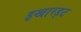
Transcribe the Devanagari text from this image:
इखारड्ट